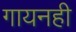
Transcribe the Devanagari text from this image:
गायनही